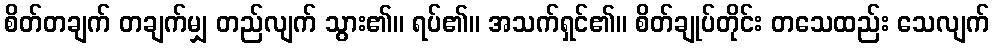
စိတ်တချက် တချက်မျှ တည်လျက် သွား၏။ ရပ်၏။ အသက်ရှင်၏။ စိတ်ချုပ်တိုင်း တသေထည်း သေလျက်